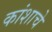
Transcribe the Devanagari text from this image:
कांशाचे